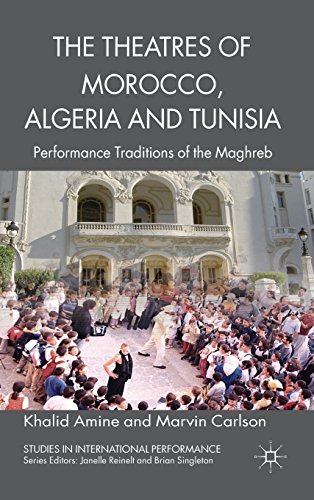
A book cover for The Theatres of Morocco, Algeria and Tunisia: Performance Traditions of the Maghreb (Studies in International Performance); Khalid Amine; History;